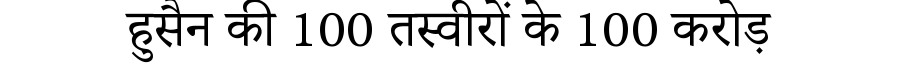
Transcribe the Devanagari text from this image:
हुसैन की 100 तस्वीरों के 100 करोड़